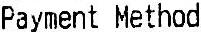
PAYMENT METHOD